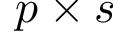
p \times s